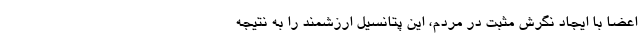
اعضا با ایجاد نگرش مثبت در مردم، این پتانسیل ارزشمند را به نتیجه